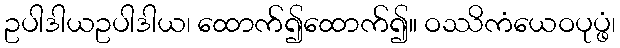
ဥပါဒါယဥပါဒါယ၊ ထောက်၍ထောက်၍။ ဝဿိကံယေဝပုပ္ဖံ၊